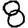
Digit: 8